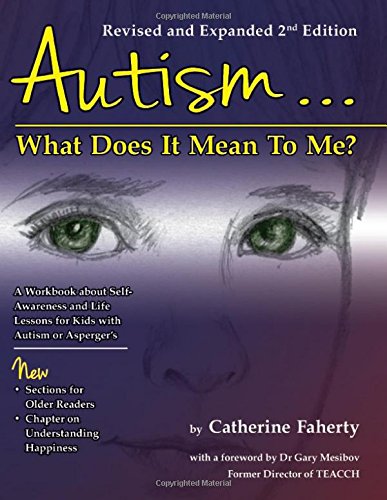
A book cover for Autism: What Does It Mean to Me?: A Workbook Explaining Self Awareness and Life Lessons to the Child or Youth with High Functioning Autism or Aspergers; Catherine Faherty; Parenting & Relationships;